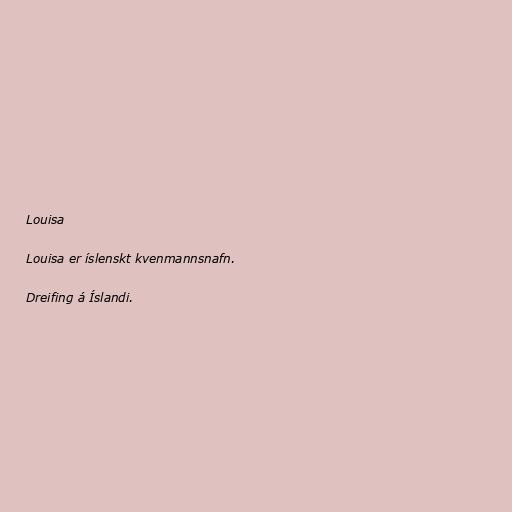
Louisa

Louisa er íslenskt kvenmannsnafn.

Dreifing á Íslandi.